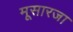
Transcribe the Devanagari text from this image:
मूसारजा